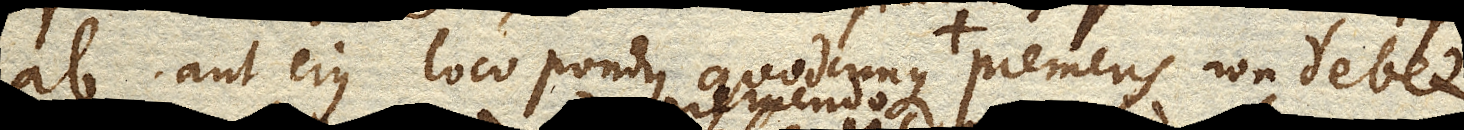
ab. aut ejus loco pondus quodcunque premens non debet